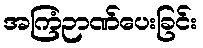
အကြံဉာဏ်ပေးခြင်း